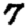
Digit: 7